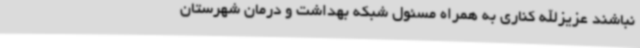
نباشند عزیزالله کناری به همراه مسئول شبکه بهداشت و درمان شهرستان